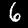
Digit: 6